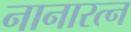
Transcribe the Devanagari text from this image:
नानारत्न